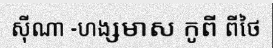
ស៊ីណា -ហង្សមាស កូពី ពីថៃ